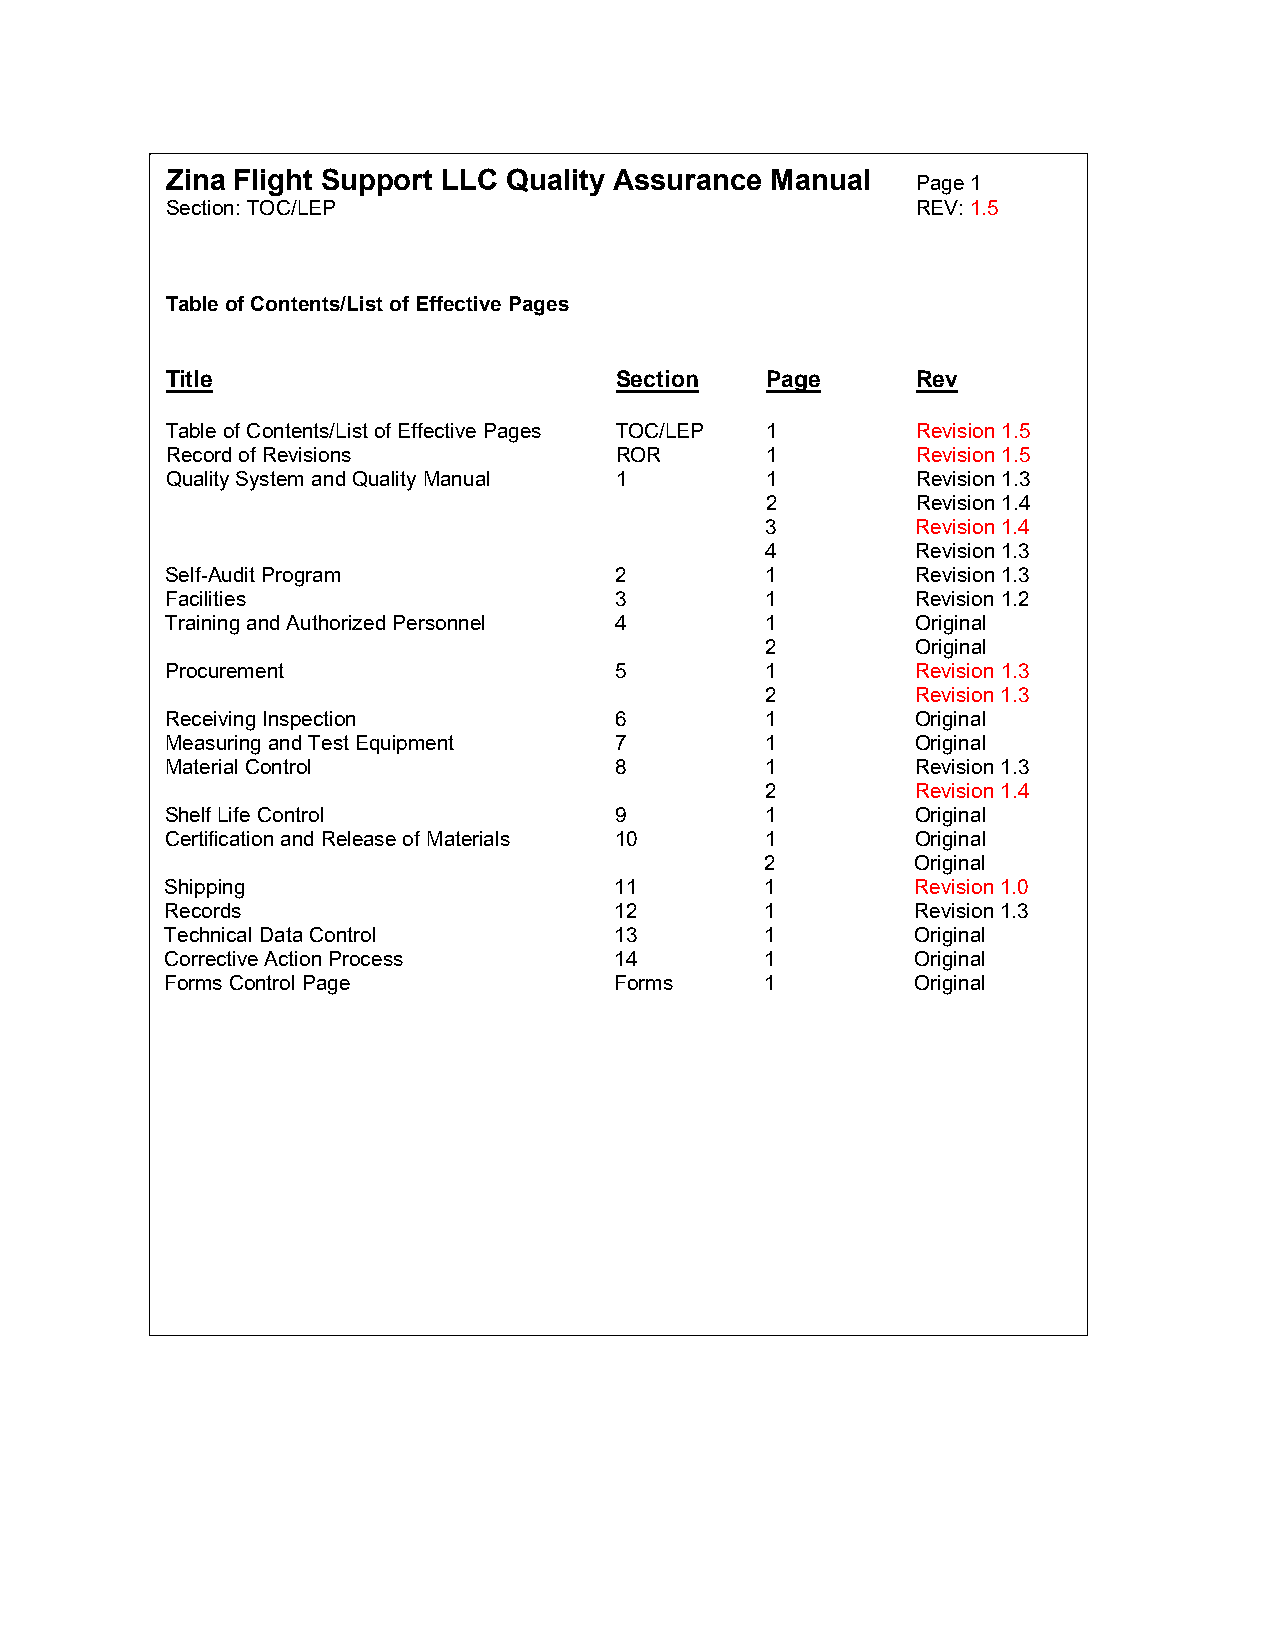
Zina Flight Support LLC Quality Assurance Manual  Page 1
 Section: TOC/LEP                                  REV: 1.5
 Table of Contents/List of Effective Pages
 Title                         Section   Page      Rev
 Table of Contents/List of Effective Pages TOC/LEP 1 Revision 1.5
 Record of Revisions           ROR       1         Revision 1.5
 Quality System and Quality Manual 1     1         Revision 1.3
 2         Revision 1.4
 3         Revision 1.4
 4         Revision 1.3
 Self-Audit Program            2         1         Revision 1.3
 Facilities                    3         1         Revision 1.2
 Training and Authorized Personnel 4     1         Original
 2         Original
 Procurement                   5         1         Revision 1.3
 2         Revision 1.3
 Receiving Inspection          6         1         Original
 Measuring and Test Equipment  7         1         Original
 Material Control              8         1         Revision 1.3
 2         Revision 1.4
 Shelf Life Control            9         1         Original
 Certification and Release of Materials 10 1       Original
 2         Original
 Shipping                      11        1         Revision 1.0
 Records                       12        1         Revision 1.3
 Technical Data Control        13        1         Original
 Corrective Action Process     14        1         Original
 Forms Control Page            Forms     1         Original